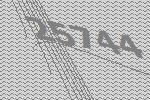
25744